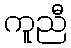
ကူညီ